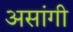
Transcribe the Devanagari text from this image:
असांगी